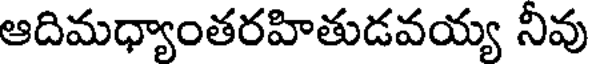
ఆదిమధ్యాంతరహితుడవయ్య నీవు